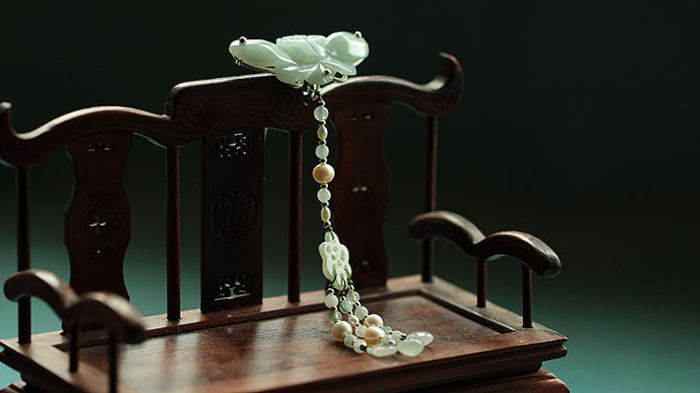
雾冷笙箫，风轻环佩，玉锁无人掣。